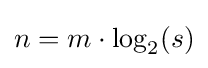
n=m\cdot \log _{2}(s)